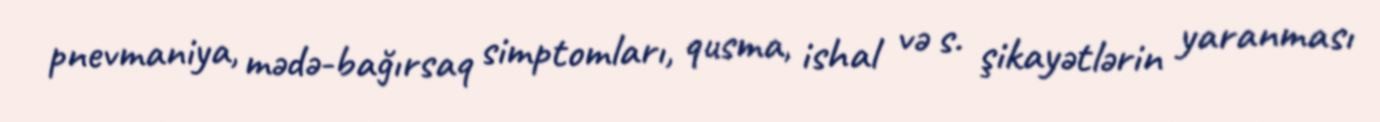
pnevmaniya, mədə-bağırsaq simptomları, qusma, ishal və s. şikayətlərin yaranması